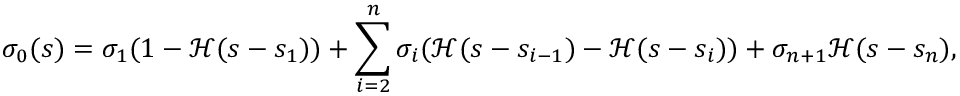
\sigma _ { 0 } ( s ) = \sigma _ { 1 } ( 1 - \mathcal { H } ( s - s _ { 1 } ) ) + \sum _ { i = 2 } ^ { n } \sigma _ { i } ( \mathcal { H } ( s - s _ { i - 1 } ) - \mathcal { H } ( s - s _ { i } ) ) + \sigma _ { n + 1 } \mathcal { H } ( s - s _ { n } ) ,